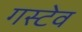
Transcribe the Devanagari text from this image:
गस्टेव